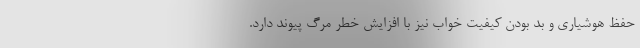
حفظ هوشیاری و بد بودن کیفیت خواب نیز با افزایش خطر مرگ پیوند دارد.